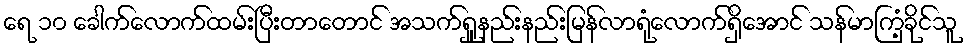
ရေ ၁၀ ခေါက်လောက်ထမ်းပြီးတာတောင် အသက်ရှူနည်းနည်းမြန်လာရုံလောက်ရှိအောင် သန်မာကြံ့ခိုင်သူ